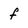
Character: f